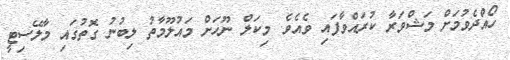
ހޯއްދެވުމަށް މަޝްވަރާ ކުރައްވާފައި ވެއެވެ. މިކަލް ނޫހަށް މައުލޫމާތު ލިބުނު ގޮތުގައި މާލޭސިޓީ